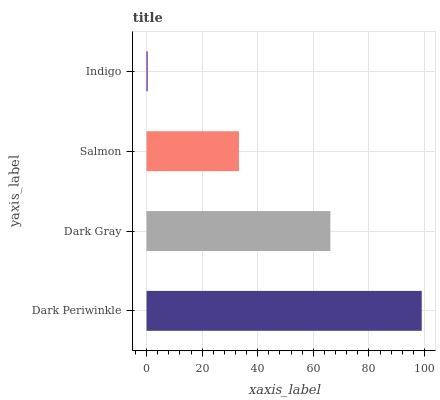
| yaxis_label | bars |
 | --- | --- |
 | Dark Periwinkle | 99 |
 | Dark Gray | 66.1 |
 | Salmon | 33.2 |
 | Indigo | 0.374 |